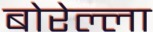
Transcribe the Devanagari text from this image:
बोरेल्ला